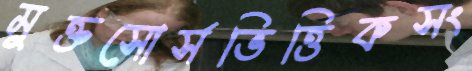
মুক্তসোর্সভিত্তিকসং